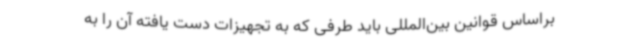
براساس قوانین بین‌المللی باید طرفی که به تجهیزات دست یافته آن را به